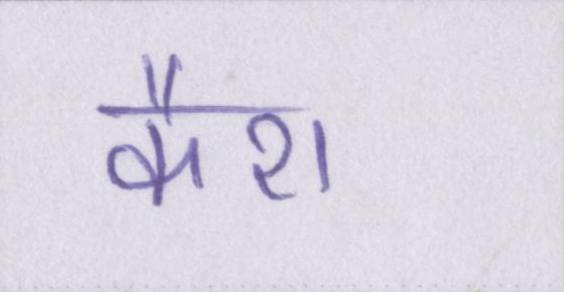
कैश